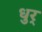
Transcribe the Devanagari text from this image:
धुर्